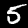
Label: 5